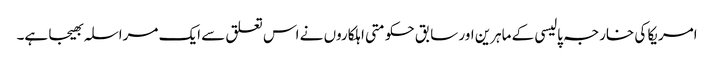
امریکا کی خارجہ پالیسی کے ماہرین اور سابق حکومتی اہلکاروں نے اس تعلق سے ایک مراسلہ بھیجا ہے۔